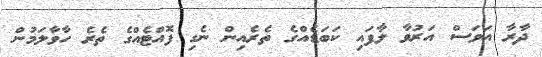
ދާރާ އަވަސް އަރުވާ ލާފައި ކަބަޑެއްގެ ތެރެއިން ނެގި ފޮއްޓެއްގެ ތެރެ ހާވާލަމުން